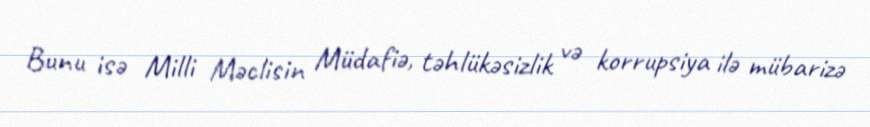
Bunu isə Milli Məclisin Müdafiə, təhlükəsizlik və korrupsiya ilə mübarizə